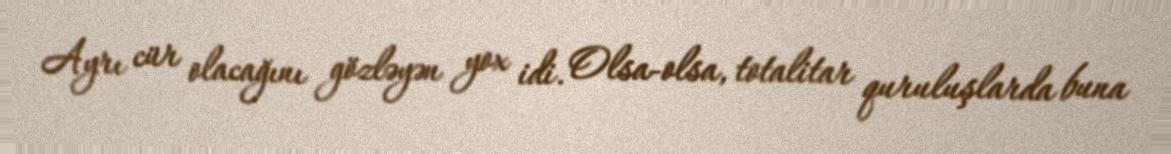
Ayrı cür olacağını gözləyən yox idi. Olsa-olsa, totalitar quruluşlarda buna